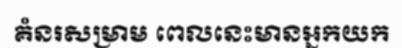
គំនរសម្រាម ពេលនេះមានអ្នកយក